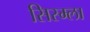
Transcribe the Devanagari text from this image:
सिस्म्ला